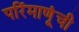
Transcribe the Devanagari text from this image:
परिंमाणूंची